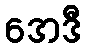
အေဒီ